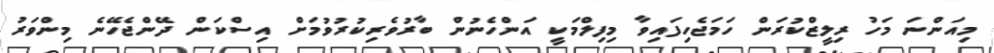
މިއަންނަ މަހު ރިލީޒްކުރަން ހަމަޖެހިފައިވާ މިފިލްމަކީ އަންހެނުން ބާރުވެރިކުރުވުމަށް އިސްކަން ދޭންޖެހޭނެ މިންވަރު